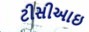
ટીસીઆઇ